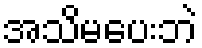
အသိမပေးဘဲ